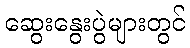
ဆွေးနွေးပွဲများတွင်